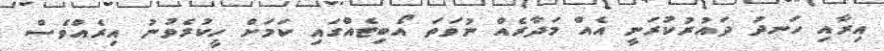
އިރާއި ހަނދު ދައުރުކުރަނީ އެއް މަދާރެއް ނުވަތަ އޯބިޓެއްގައި ކަމަށް ހީކުރެވުނު އިރެއްވެސް